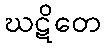
ဃဋိတေ